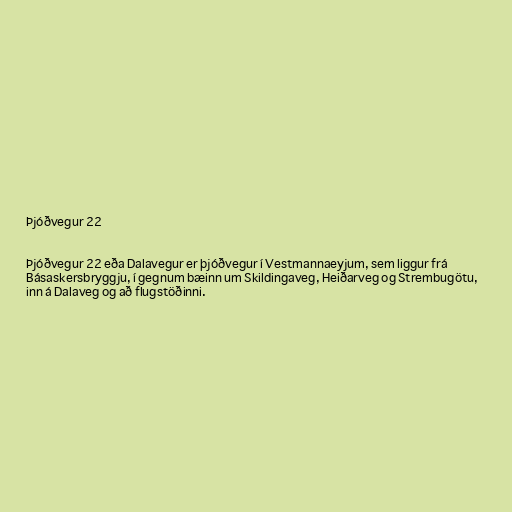
Þjóðvegur 22

Þjóðvegur 22 eða Dalavegur er þjóðvegur í Vestmannaeyjum, sem liggur frá
Básaskersbryggju, í gegnum bæinn um Skildingaveg, Heiðarveg og Strembugötu,
inn á Dalaveg og að flugstöðinni.